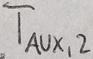
Text: TAUX,2